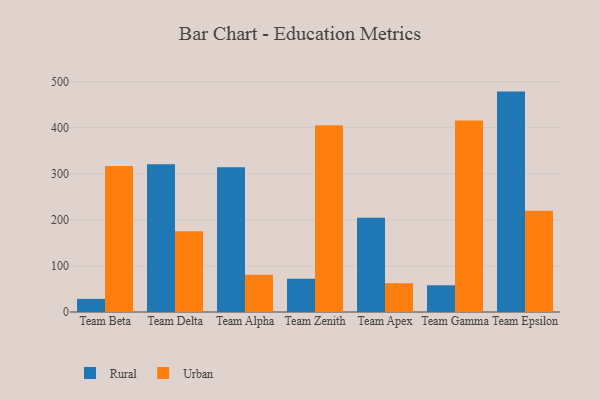
{"axis": {"x": "Team", "y": "Gross Profit (USD K)"}, "legend": ["Rural", "Urban"], "data": [{"x": "Team Beta", "y": 28.4, "type": "Rural"}, {"x": "Team Beta", "y": 316.9, "type": "Urban"}, {"x": "Team Delta", "y": 321.1, "type": "Rural"}, {"x": "Team Delta", "y": 175.3, "type": "Urban"}, {"x": "Team Alpha", "y": 314.5, "type": "Rural"}, {"x": "Team Alpha", "y": 80.7, "type": "Urban"}, {"x": "Team Zenith", "y": 72.2, "type": "Rural"}, {"x": "Team Zenith", "y": 405.3, "type": "Urban"}, {"x": "Team Apex", "y": 204.8, "type": "Rural"}, {"x": "Team Apex", "y": 62.6, "type": "Urban"}, {"x": "Team Gamma", "y": 58.0, "type": "Rural"}, {"x": "Team Gamma", "y": 415.8, "type": "Urban"}, {"x": "Team Epsilon", "y": 478.6, "type": "Rural"}, {"x": "Team Epsilon", "y": 219.6, "type": "Urban"}]}